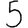
Digit: 5